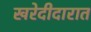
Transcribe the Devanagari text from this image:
खरेदीदारात